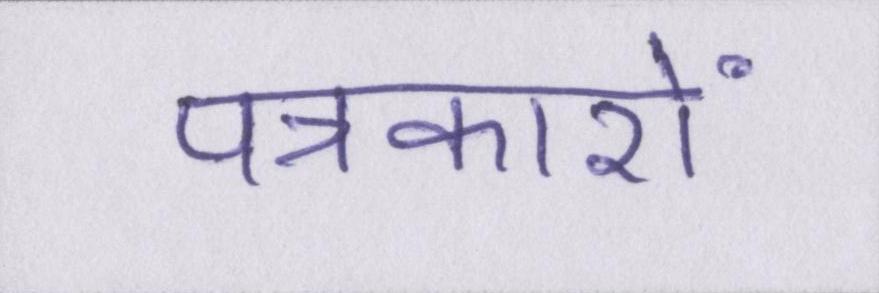
पत्रकारों